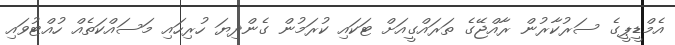
އެމްޑީޕީގެ ސަރުކާރުން ރާއްޖޭގެ ތަރައްގީއަށް ޓަކައި ކުރަމުން ގެންދިޔަ ހުރިހައި މަސައްކަތެއް ހުއްޓުވައި